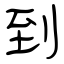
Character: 到